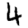
Digit: 4